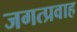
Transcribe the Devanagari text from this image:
जगत्प्रवाह